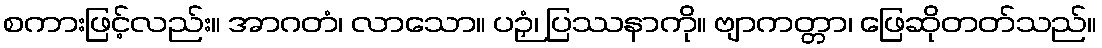
စကားဖြင့်လည်း။ အာဂတံ၊ လာသော။ ပဉှံ၊ ပြဿနာကို။ ဗျာကတ္တာ၊ ဖြေဆိုတတ်သည်။